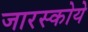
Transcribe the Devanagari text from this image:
जारस्कोये